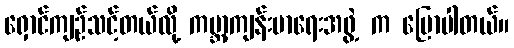
ရှောင်ကျဉ်သင့်တယ်လို့ ကမ္ဘာ့ကျန်းမာရေးအဖွဲ့ က ပြောပါတယ်။